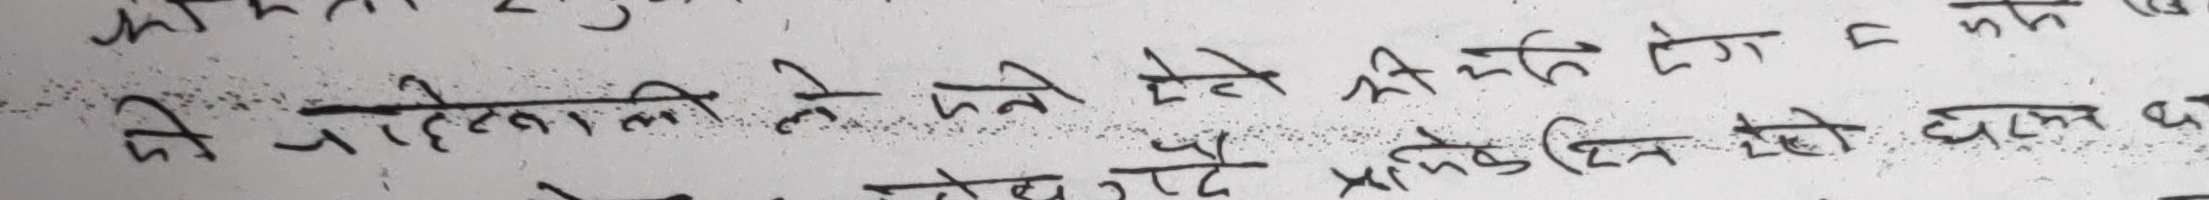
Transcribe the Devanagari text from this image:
जो पहिले वाली ले पहने ले ऐसे की शक्ति लोग = कीम
तथा जब तक प्रतेक दिन लेते घास द